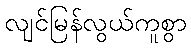
လျင်မြန်လွယ်ကူစွာ